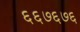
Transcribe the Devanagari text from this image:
६६७६७६